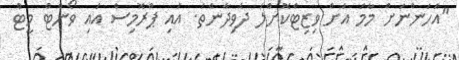
"އަހަންނަށް މާމަ އަށް ވިޒިޓްކޮށްލަ ދެވިދާނެތަ. އައި ޕްރޮމިސް އައި ވޯންޓް މީޓް